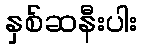
နှစ်ဆနီးပါး